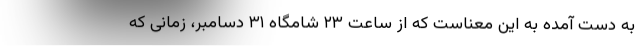
به دست آمده به این معناست که از ساعت ۲۳ شامگاه ۳۱ دسامبر، زمانی که